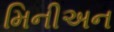
મિનીઅન